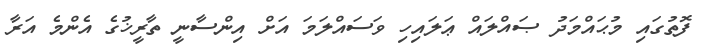
ފޮތުގައި މުޙައްމަދު ޞައްލައް ޢަލައިހި ވަސައްލަމަ އަށް އިންސާނީ ތާރީޚުގެ އެންމެ އަރާ